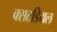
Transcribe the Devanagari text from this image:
क्सटडियल